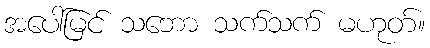
အပေါ်မြင် သဘော သက်သက် မဟုတ်။